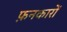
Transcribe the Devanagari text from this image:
फ़नकारों